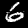
Digit: 6